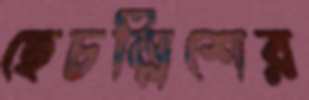
ছেচল্লিশের